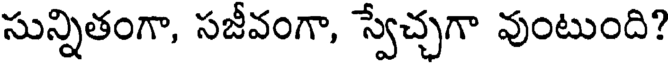
సున్నితంగా, సజీవంగా, స్వేచ్చగా వుంటుంది?